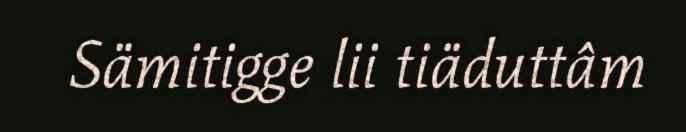
Sämitigge lii tiäduttâm